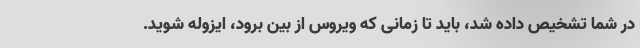
در شما تشخیص داده شد، باید تا زمانی که ویروس از بین برود، ایزوله شوید.